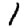
Digit: 1